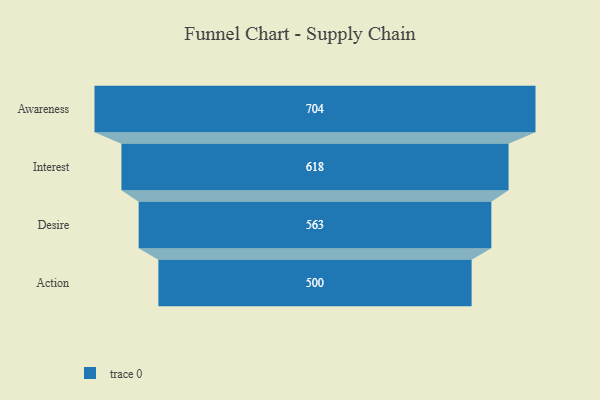
{"axis": {"x": "Stage", "y": "Value"}, "legend": [""], "data": [{"x": "Awareness", "y": 704.0, "type": ""}, {"x": "Interest", "y": 618.0, "type": ""}, {"x": "Desire", "y": 563.0, "type": ""}, {"x": "Action", "y": 500, "type": ""}]}